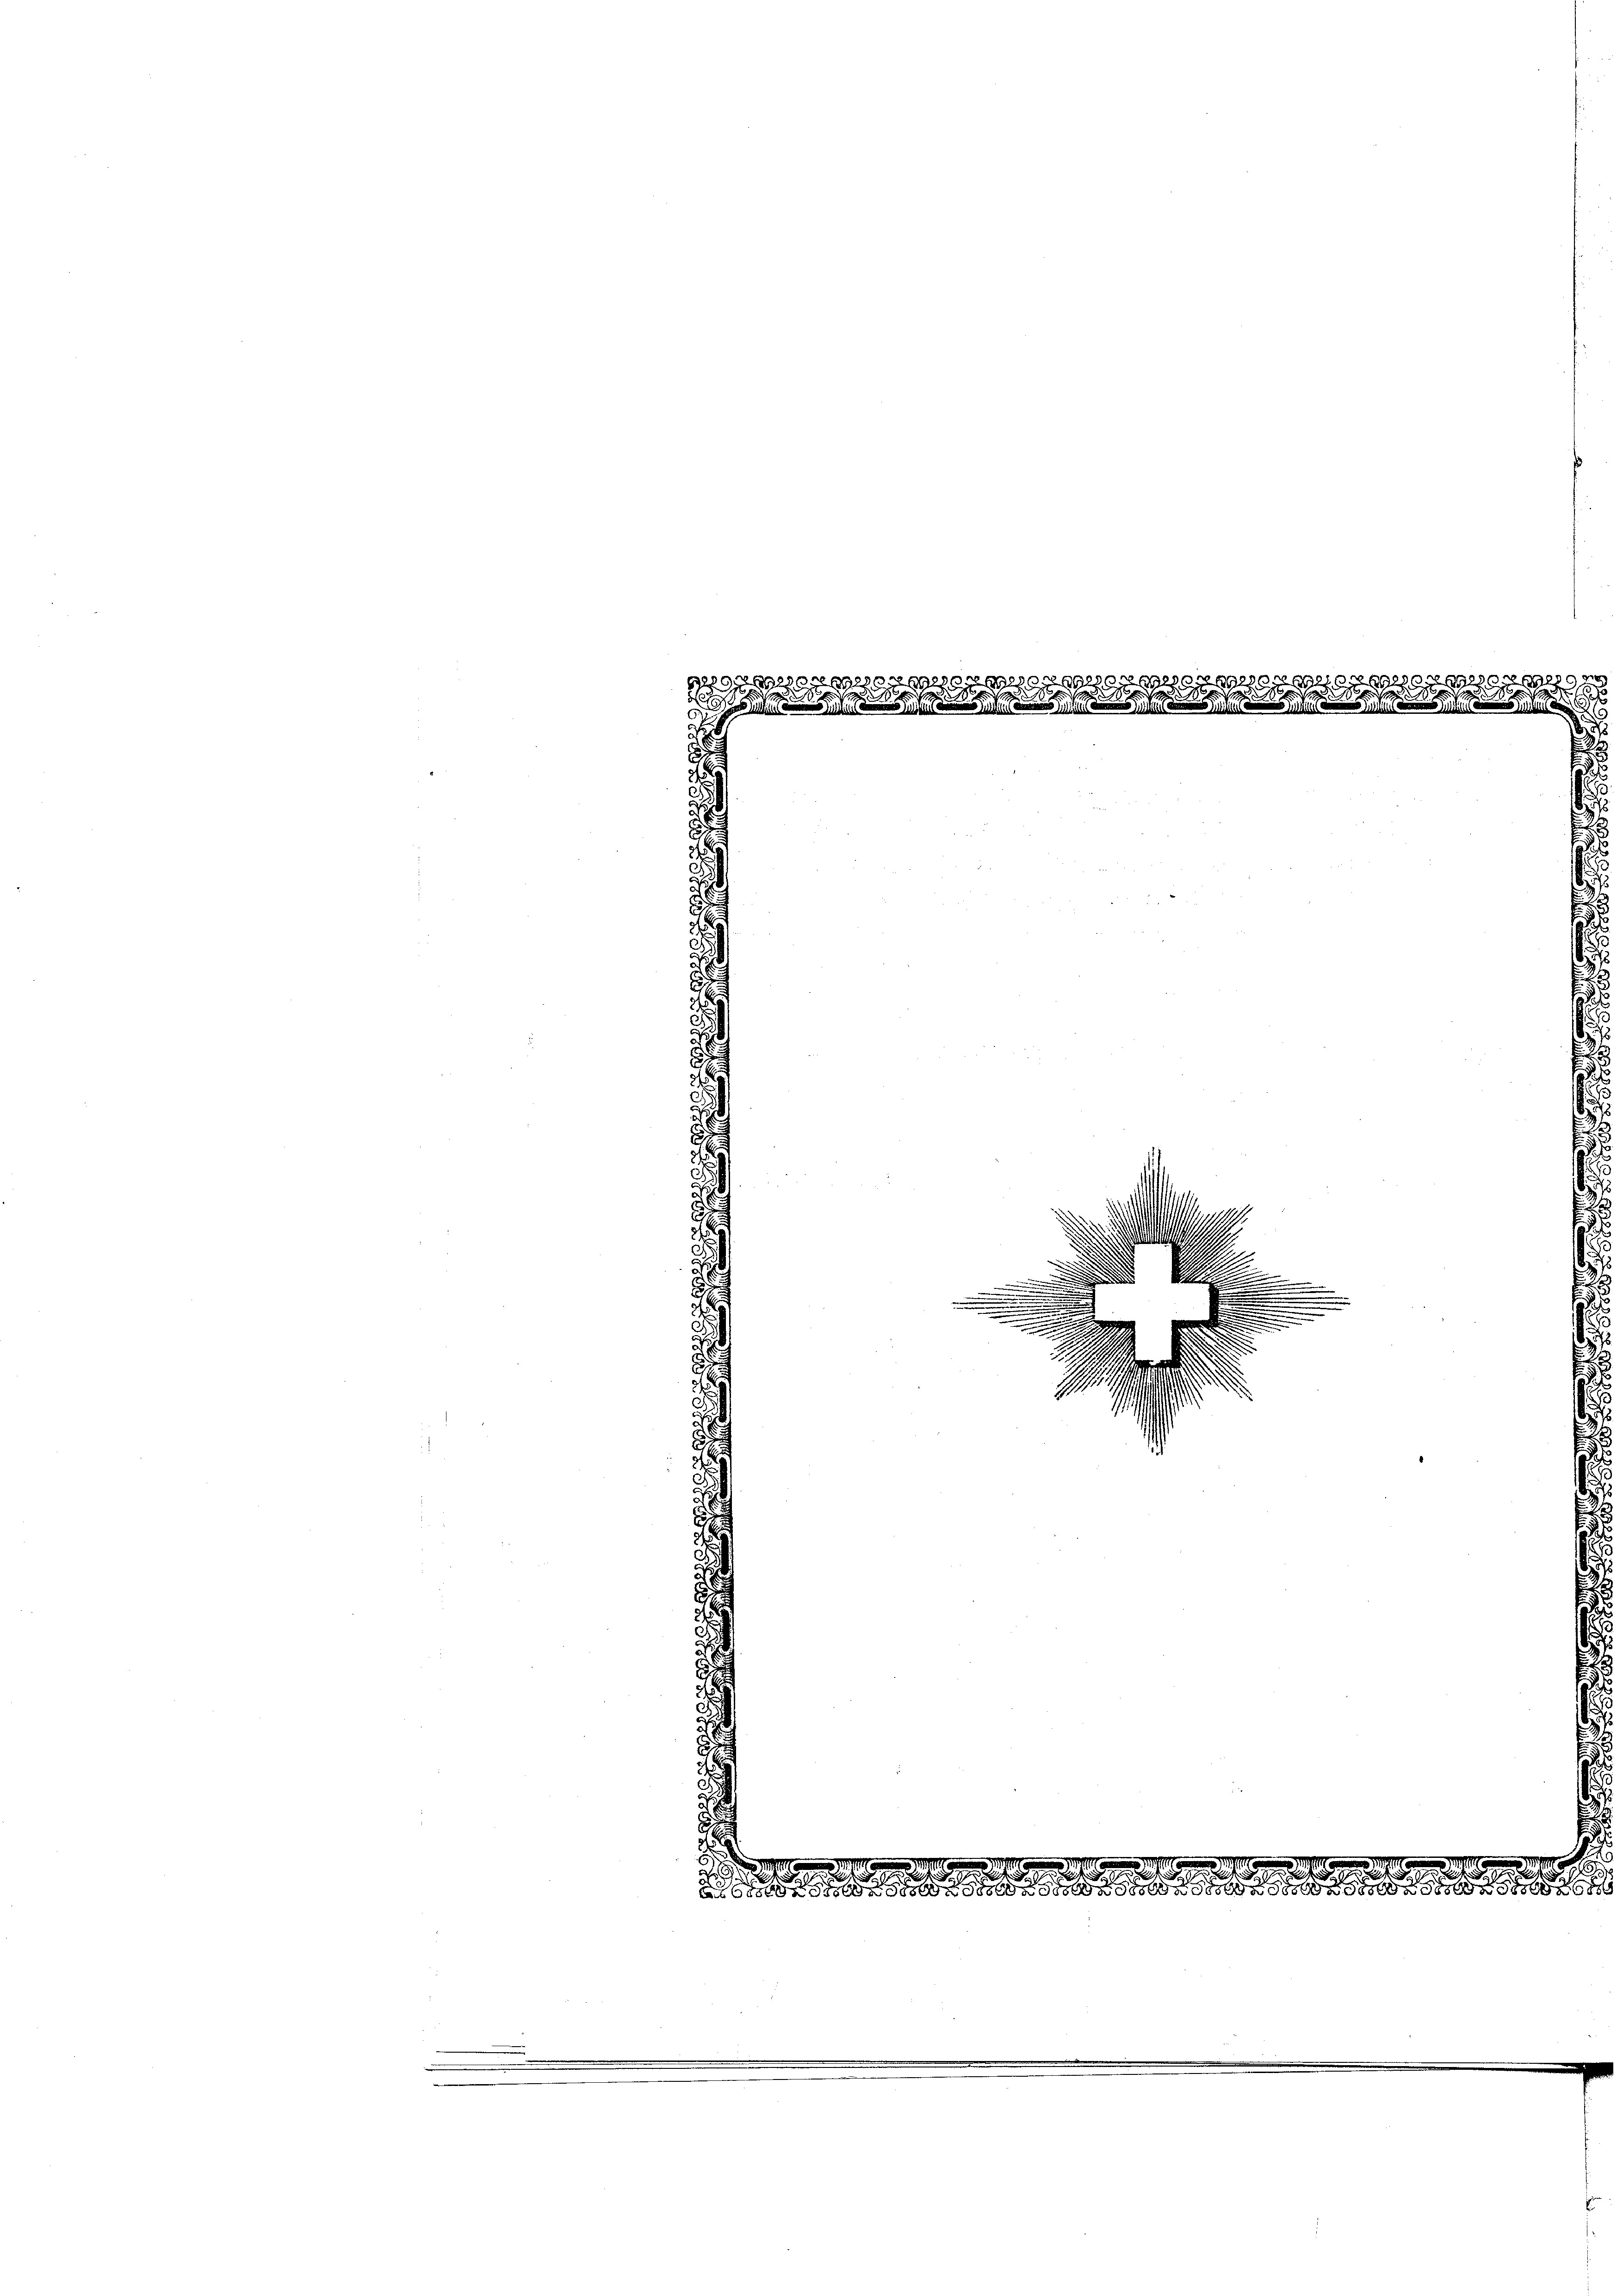
e
30
u
h
2

1

57892
t

.